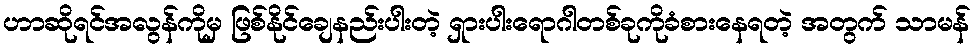
ဟာဆိုရင်အလွန်ကိုမှ ဖြစ်နိုင်ချေနည်းပါးတဲ့ ရှားပါးရောဂါတစ်ခုကိုခံစားနေရတဲ့ အတွက် သာမန်